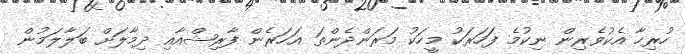
ހުރިހާ އެކުވެރިން ނިކުމެ ފަހަރަކު މީހަކު މަރަންދެންތަ އަހަރެން ފާރިޝްއާއި ދިމާލަށް ބަލާލަމުން